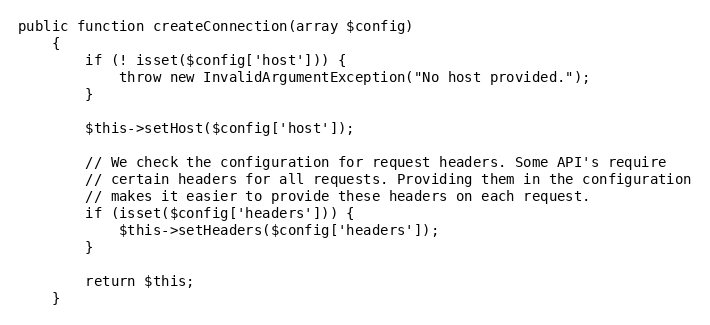
Language: PHP
public function createConnection(array $config)
    {
        if (! isset($config['host'])) {
            throw new InvalidArgumentException("No host provided.");
        }

        $this->setHost($config['host']);

        // We check the configuration for request headers. Some API's require
        // certain headers for all requests. Providing them in the configuration
        // makes it easier to provide these headers on each request.
        if (isset($config['headers'])) {
            $this->setHeaders($config['headers']);
        }

        return $this;
    }